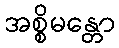
အစ္စိမန္တော